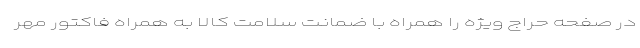
در صفحه حراج ویژه را همراه با ضمانت سلامت کالا به همراه فاکتور مهر